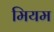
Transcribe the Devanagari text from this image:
मियम